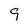
Character: 9